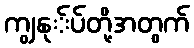
ကျွနု်ပ်တို့အတွက်